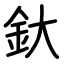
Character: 釱